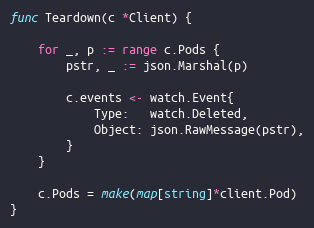
Language: Go
func Teardown(c *Client) {

	for _, p := range c.Pods {
		pstr, _ := json.Marshal(p)

		c.events <- watch.Event{
			Type:   watch.Deleted,
			Object: json.RawMessage(pstr),
		}
	}

	c.Pods = make(map[string]*client.Pod)
}